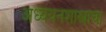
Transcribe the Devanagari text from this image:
अध्ययनशास्त्राचा